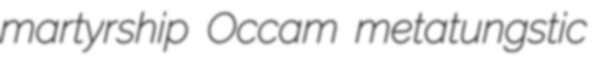
martyrship Occam metatungstic